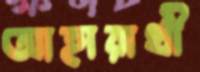
আহারার্থী